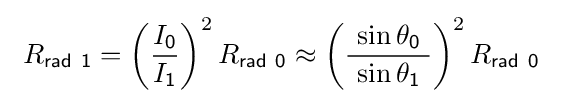
\ R_{\mathsf {rad\ 1}}=\left({I_{\mathsf {0}} \over I_{\mathsf {1}}}\right)^{2}R_{\mathsf {rad\ 0}}\approx \left({\frac {\ \sin \theta _{\mathsf {0}}\ }{\sin \theta _{\mathsf {1}}}}\right)^{2}R_{\mathsf {rad\ 0}}\